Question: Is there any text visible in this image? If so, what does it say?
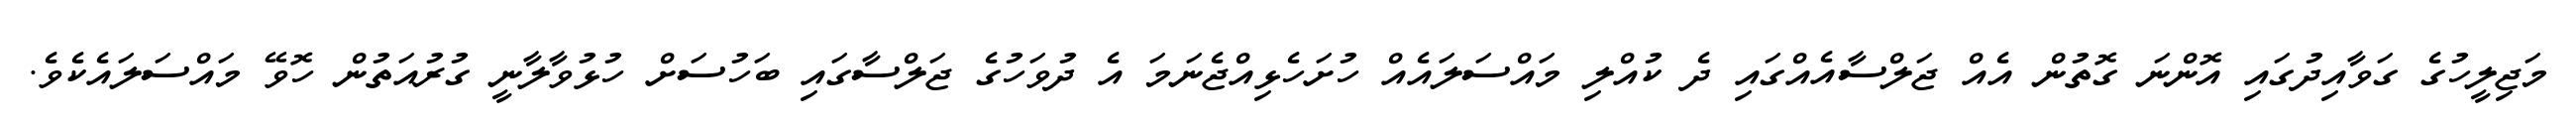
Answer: މަޖިލީހުގެ ގަވާއިދުގައި އޮންނަ ގޮތުން އެއް ޖަލްސާއެއްގައި ދެ ކުއްލި މައްސަލައެއް ހުށަހެޅިއްޖެނަމަ އެ ދުވަހުގެ ޖަލްސާގައި ބަހުސަށް ހުޅުވާލާނީ ގުރުއަތުން ހޮވޭ މައްސަލައެކެވެ.